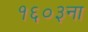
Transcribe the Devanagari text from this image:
१६०३ना